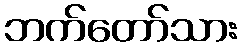
ဘက်တော်သား